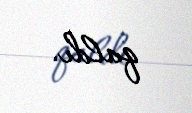
qaldı.